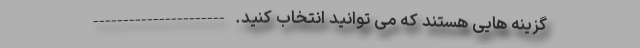
گزینه هایی هستند که می توانید انتخاب کنید. ----------------------